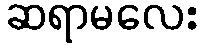
ဆရာမလေး